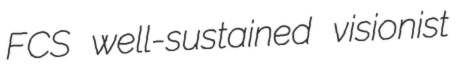
FCS well-sustained visionist